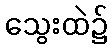
သွေးထဲ၌